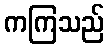
ကကြသည်